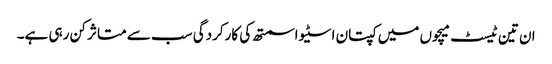
ان تین ٹیسٹ میچوں میں کپتان اسٹیو اسمتھ کی کارکردگی سب سے متاثر کن رہی ہے۔